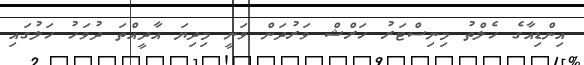
އިންޑިއާގެ ހެލްތު މިނިސްޓަރު ހަރްޝް ވަރުދަން ވަނީ މިދިޔަ އާދީއްތަ ދުވަހު ހަލުގައި